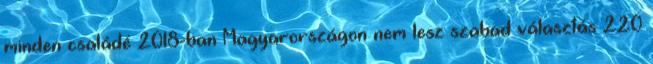
minden családé 2018-ban Magyarországon nem lesz szabad választás 220